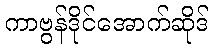
ကာဗွန်ဒိုင်အောက်ဆိုဒ်